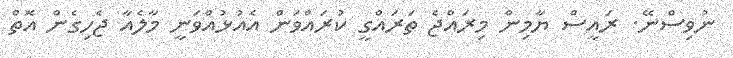
ނުވިސްނޭ. ރައީސް ޔާމިން މިރައްޖެ ތަރައްގީ ކުރައްވަން އެއުޅުއްވަނީ މާލެއާ ޖެހިގެން އޮތް